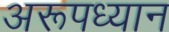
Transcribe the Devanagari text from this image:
अरूपध्यान